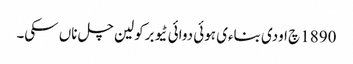
1890 چ اودی بناءی ہوئی دوائی ٹیوبرکولین چل ناں سکی۔